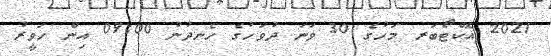
2021 އޮކްޓޯބަރ މަހުގެ 30 ވަނަ ދުވަހުގެ ހެނދުނު 09:00 އިން ހަވީރު